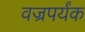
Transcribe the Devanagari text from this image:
वज्रपर्यंक